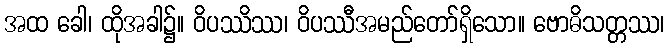
အထ ခေါ၊ ထိုအခါ၌။ ဝိပဿိဿ၊ ဝိပဿီအမည်တော်ရှိသော။ ဗောဓိသတ္တဿ၊